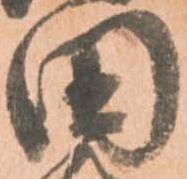
田